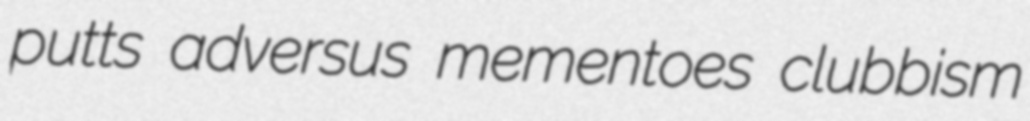
putts adversus mementoes clubbism